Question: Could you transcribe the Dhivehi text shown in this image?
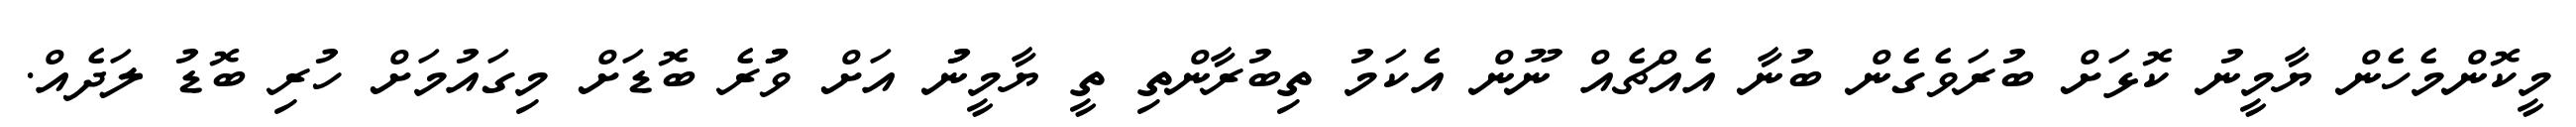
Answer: މީކޮންމެހެން ޔާމީނު ކޮޅަށް ބުރަވެގެން ބުނާ އެއްޗެއް ނޫން އެކަމު ތިބުރާންތި ތީ ޔާމީނުު އަށް ވުުުރެ ބޮޑަށް މިގައުމަށް ހުރި ބޮޑު ލަދެއް.